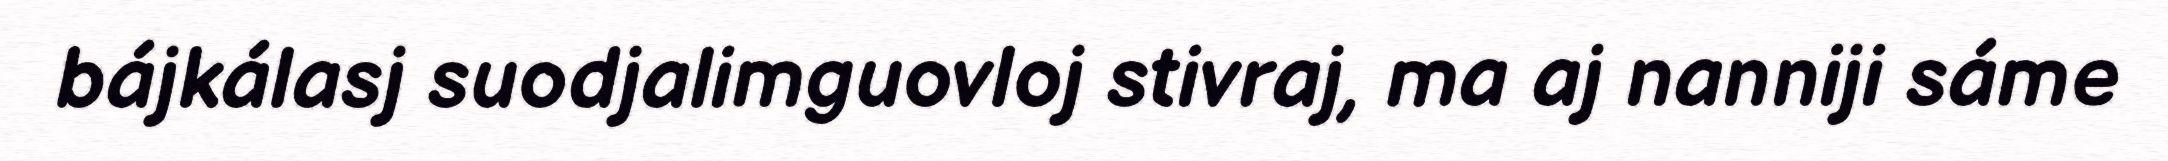
bájkálasj suodjalimguovloj stivraj, ma aj nanniji sáme